Scottish Leaving Certificate Examination, 1960
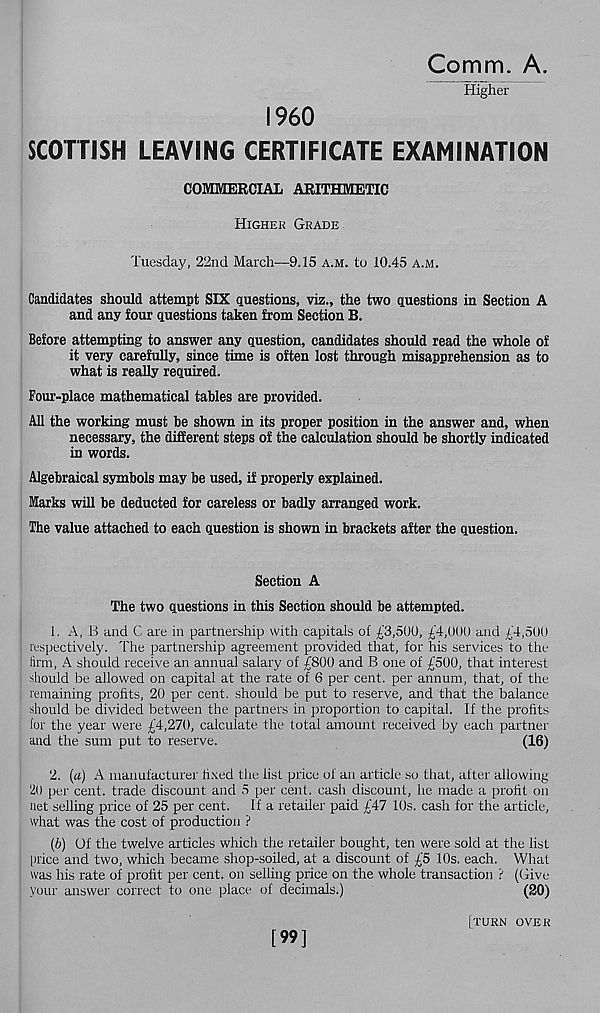
Comm. A.
Higher
I960
SCOTTISH LEAVING CERTIFICATE EXAMINATION
COMMERCIAL ARITHMETIC
Highek Grade
Tuesday, 22nd March—9.15 a.m. to 10.45 a.m.
Candidates should attempt SIX questions, viz., the two questions in Section A
and any four questions taken from Section B.
Before attempting to answer any question, candidates should read the whole of
it very carefully, since time is often lost through misapprehension as to
what is really required.
Four-place mathematical tables are provided.
All the working must be shown in its proper position in the answer and, when
necessary, the different steps of the calculation should be shortly indicated
in words.
Algebraical symbols may be used, if properly explained.
Marks will be deducted for careless or badly arranged work.
The value attached to each question is shown in brackets after the question.
Section A
The two questions in this Section should be attempted.
1. A, B and C are in partnership with capitals of £3,500, £4,000 and £4,500
respectively. The partnership agreement provided that, for his services to the
firm, A should receive an annual salary of £800 and B one of £500, that interest
should be allowed on capital at the rate of 6 per cent, per annum, that, of the
remaining profits, 20 per cent, should be put to reserve, and that the balance
•should be divided between the partners in proportion to capital. If the profits
lor the year were £4,270, calculate the total amount received by each partner
and the sum put to reserve.
(16)
2. (a) A manufacturer fixed the list price of an article so that, after allowing
2(1 per cent, trade discount and 5 per cent, cash discount, he made a profit on
net selling price of 25 per cent. If a retailer paid £47 10s. cash for the article,
what was the cost of production ?
(b) Of the twelve articles which the retailer bought, ten were sold at the list
price and two, which became shop-soiled, at a discount of £5 10s. each. What
was his rate of profit per cent, on selling price on the whole transaction ? (Give
your answer correct to one place of decimals.)
(20)
[99]
[turn over